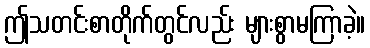
ဤသတင်းစာတိုက်တွင်လည်း များစွာမကြာခဲ့။